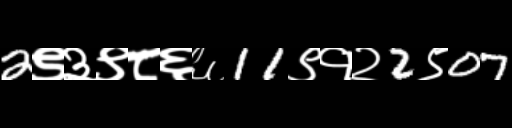
Text: 2९३९८६६11९१२2९07